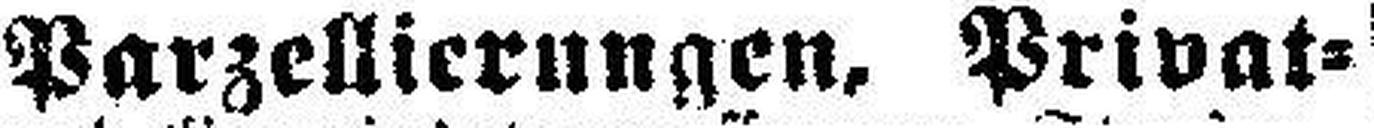
Parzellierungen, Privat=